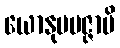
ယောနုပပဇ္ဇာမိ